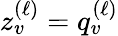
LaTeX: z_{v}^{(\ell)}=q_{v}^{(\ell)}